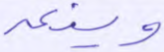
وينعه